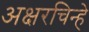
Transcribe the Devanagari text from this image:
अक्षरचिन्हे